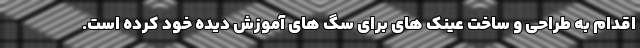
اقدام به طراحی و ساخت عینک های برای سگ های آموزش دیده خود کرده است.